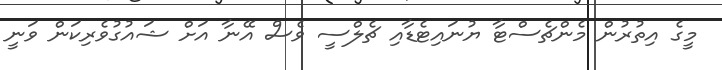
މީގެ އިތުރުން މެންޗެސްޓާ ޔުނައިޓެޑާއި ޗެލްސީ ވެސް އޭނާ އަށް ޝައުގުވެރިކަން ވަނީ